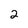
Character: 2